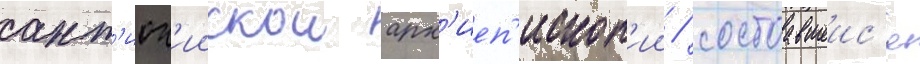
ант'иох'иискои арх'иеп'ископ'ии / состоавшеис'я